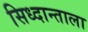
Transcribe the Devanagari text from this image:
सिध्दान्ताला